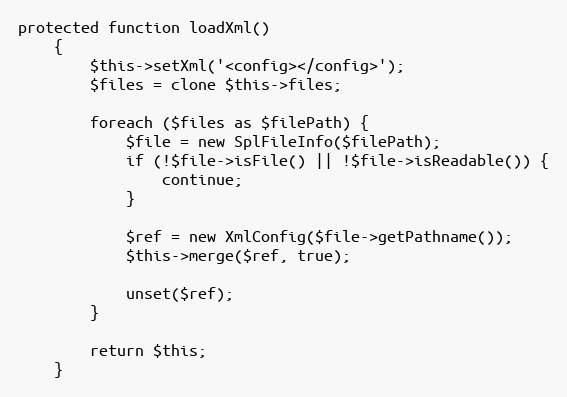
Language: PHP
protected function loadXml()
    {
        $this->setXml('<config></config>');
        $files = clone $this->files;

        foreach ($files as $filePath) {
            $file = new SplFileInfo($filePath);
            if (!$file->isFile() || !$file->isReadable()) {
                continue;
            }

            $ref = new XmlConfig($file->getPathname());
            $this->merge($ref, true);

            unset($ref);
        }

        return $this;
    }